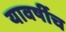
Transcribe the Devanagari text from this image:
यावर्षीच